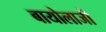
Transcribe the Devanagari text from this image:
बायोलाजी